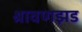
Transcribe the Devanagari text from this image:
श्रावणझड